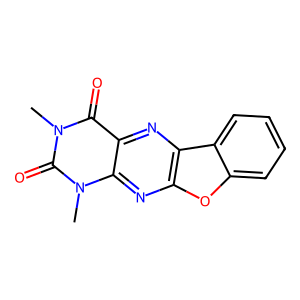
SMILES: Cn1c(=O)c2nc3c(nc2n(C)c1=O)oc1ccccc13
Inhibits HIV replication: No